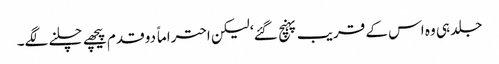
جلد ہی وہ اس کے قریب پہنچ گئے‘ لیکن احتراماً دو قدم پیچھے چلنے لگے۔